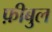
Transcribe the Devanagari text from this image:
फ़ीबुल